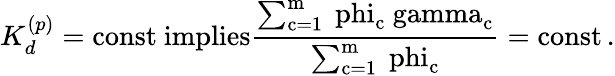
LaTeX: K_{d}^{(p)}=\mathrm{{const}\ implies\frac{\sum_{c=1}^{m}\ phi_{c}\ gamma_{c}}{\sum_{c=1}^{m}\ phi_{c}}=\mathrm{{const}\, .}}